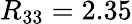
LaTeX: R_{33}=2.35